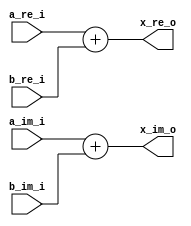
////////////////////////////////////////////////////////////////////
//
// bel_cadd.v
//
//
// This file is part of the "bel_fft" project
//
// Author(s):
//     - Frank Storm (Frank.Storm@gmx.net)
//
////////////////////////////////////////////////////////////////////
//
// Copyright (C) 2010 Authors
//
// This source file may be used and distributed without
// restriction provided that this copyright statement is not
// removed from the file and that any derivative work contains
// the original copyright notice and the associated disclaimer.
//
// This source file is free software; you can redistribute it
// and/or modify it under the terms of the GNU Lesser General
// Public License as published by the Free Software Foundation;
// either version 2.1 of the License, or (at your option) any
// later version.
//
// This source is distributed in the hope that it will be
// useful, but WITHOUT ANY WARRANTY; without even the implied
// warranty of MERCHANTABILITY or FITNESS FOR A PARTICULAR
// PURPOSE.  See the GNU Lesser General Public License for more
// details.
//
// You should have received a copy of the GNU Lesser General
// Public License along with this source; if not, download it
// from http://www.gnu.org/licenses/lgpl.html
//
////////////////////////////////////////////////////////////////////
//
// CVS Revision History
//
// $Log$
//
////////////////////////////////////////////////////////////////////


module bel_cadd (a_re_i, a_im_i, b_re_i, b_im_i, x_re_o, x_im_o);

    parameter word_width = 16;

    input signed [word_width - 1:0] a_re_i;
    input signed [word_width - 1:0] a_im_i;
    input signed [word_width - 1:0] b_re_i;
    input signed [word_width - 1:0] b_im_i;
    output signed [word_width - 1:0] x_re_o;
    output signed [word_width - 1:0] x_im_o;

    assign x_re_o = a_re_i + b_re_i;
    assign x_im_o = a_im_i + b_im_i;

endmodule // bel_cadd